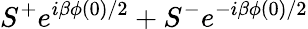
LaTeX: S^{+}e^{i\beta\phi(0)/2}+S^{-}e^{-i\beta\phi(0)/2}